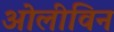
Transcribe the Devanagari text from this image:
ओलीविन